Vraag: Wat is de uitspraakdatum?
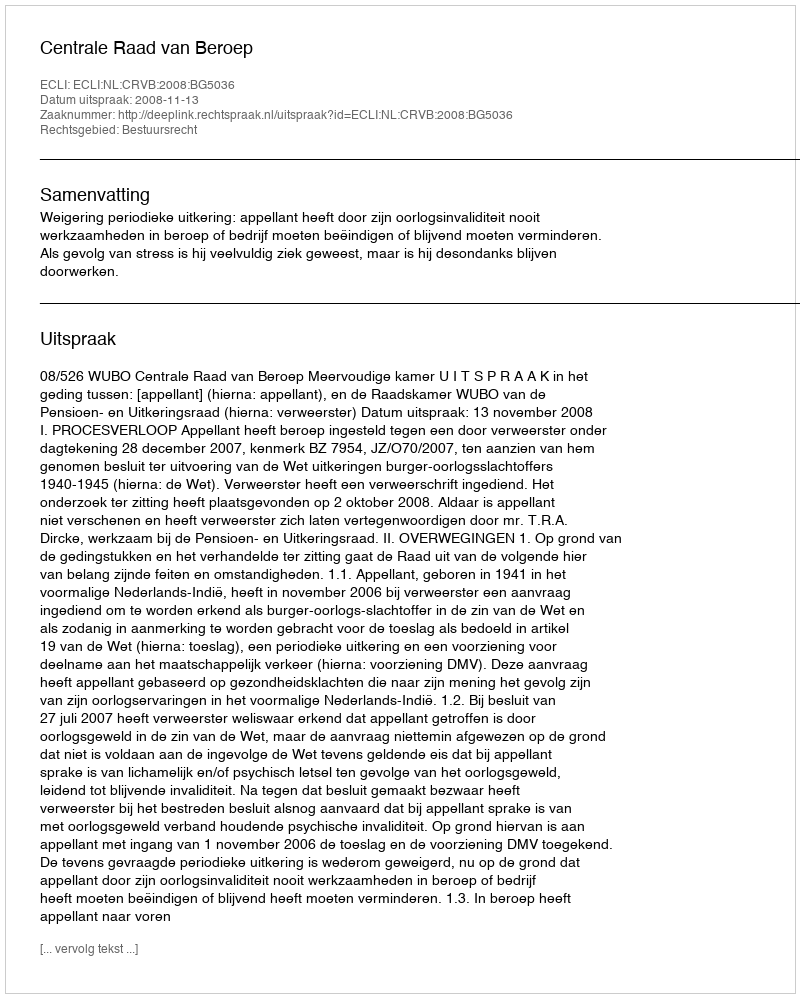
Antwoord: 2008-11-13